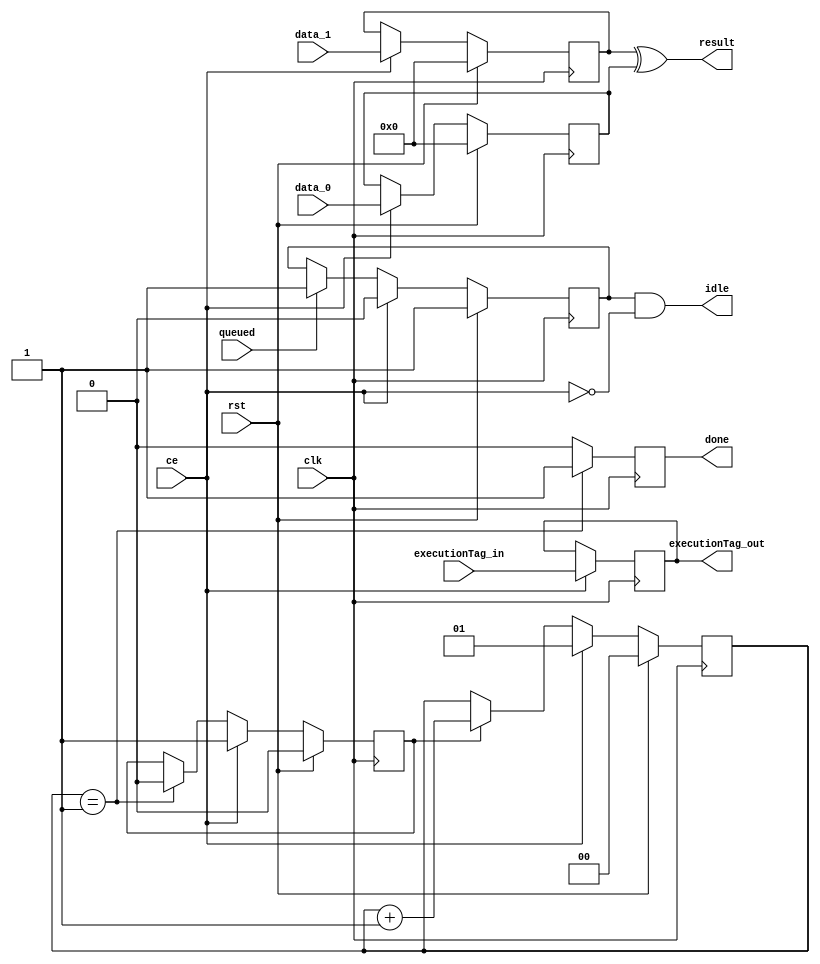
module FU_XOR #(parameter DATA_WIDTH = 32,
		parameter LATENCY = 1,
		parameter TAG_WIDTH = 7)
		(input clk,
		input rst,
		input ce,
		output idle,
		input [TAG_WIDTH - 1 : 0] executionTag_in,
		input [DATA_WIDTH - 1 : 0] data_0,
		input [DATA_WIDTH - 1 : 0] data_1,
		output [DATA_WIDTH - 1 : 0] result,
		output reg done = 0,
		output reg [TAG_WIDTH - 1 : 0] executionTag_out = 0,
		input queued
		);
		
		reg [DATA_WIDTH - 1 : 0] op0 = 0, op1 = 0;
		reg idle_reg = 1;
		reg [$clog2(LATENCY) + 1: 0] counter = 0;
		reg runCounter = 0;
		
		always @(posedge clk)
		  if(ce)
		      executionTag_out <= executionTag_in;
		
		always @(posedge clk)begin
			if(rst)begin
				op0 <= 0;
				op1 <= 0;
			end else
				if(ce) begin
					op0 <= data_0;
					op1 <= data_1;
				end
		end
		
		always @(posedge clk)begin
			if(rst)
				counter <= 0;
			else if(ce)begin
				counter <= 1;
			end else if(runCounter)
					counter <= counter + 1;
		end
		
		always @(posedge clk)begin
			if(rst)
				runCounter <= 0;
			else if(ce)begin
				runCounter <= 1;
			end else
				if(counter == LATENCY)
					runCounter <= 0;
		end
		
		always @(posedge clk)begin
			if(counter == LATENCY)
				done <= 1;
			else done <= 0;
		end
		
		always @(posedge clk)begin
			if(rst)
				idle_reg <= 1;
			else if(ce)
				idle_reg <= 0;
			else if(queued)    //A functional unit will become idle only when it has completed the computation and successfully queued it in the broadcast queue
				idle_reg <= 1;
		end
	   assign idle = idle_reg & ~ce;   //~ce is to avoid immediate dispatch of instruction in the same functional 
	                                   //unit as there is a cyclic dependency between ce and idle
		
		assign result = op1 ^ op0;
endmodule